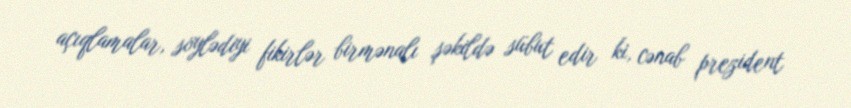
açıqlamalar, söylədiyi fikirlər birmənalı şəkildə sübut edir ki, cənab prezident